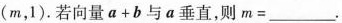
(m，1)。若向量$$a+b$$与a垂直，则$$m=___$$.